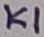
Text: K1